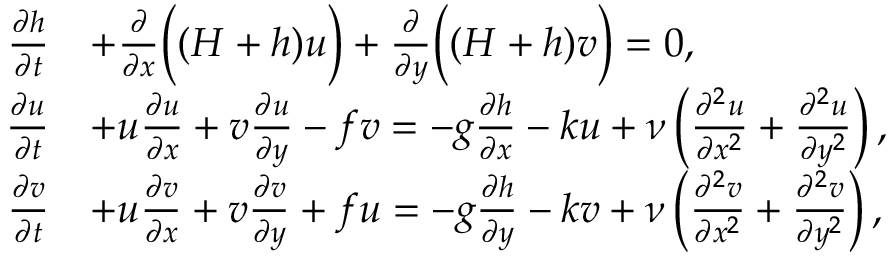
{ \begin{array} { r l } { { \frac { \partial h } { \partial t } } } & { + { \frac { \partial } { \partial x } } { \Bigl ( } ( H + h ) u { \Bigr ) } + { \frac { \partial } { \partial y } } { \Bigl ( } ( H + h ) v { \Bigr ) } = 0 , } \\ { { \frac { \partial u } { \partial t } } } & { + u { \frac { \partial u } { \partial x } } + v { \frac { \partial u } { \partial y } } - f v = - g { \frac { \partial h } { \partial x } } - k u + \nu \left( { \frac { \partial ^ { 2 } u } { \partial x ^ { 2 } } } + { \frac { \partial ^ { 2 } u } { \partial y ^ { 2 } } } \right) , } \\ { { \frac { \partial v } { \partial t } } } & { + u { \frac { \partial v } { \partial x } } + v { \frac { \partial v } { \partial y } } + f u = - g { \frac { \partial h } { \partial y } } - k v + \nu \left( { \frac { \partial ^ { 2 } v } { \partial x ^ { 2 } } } + { \frac { \partial ^ { 2 } v } { \partial y ^ { 2 } } } \right) , } \end{array} }